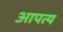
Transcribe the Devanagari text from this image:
आपत्य